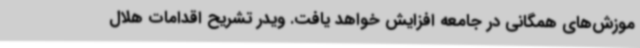
موزش‌های همگانی در جامعه افزایش خواهد یافت. ویدر تشریح اقدامات هلال